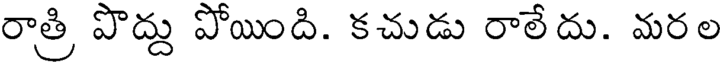
రాత్రి పొద్దు పోయింది. కచుడు రాలేదు. మరల